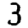
Digit: 3